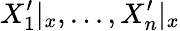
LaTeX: X_{1}^{\prime}|_{x},...,X_{n}^{\prime}|_{x}